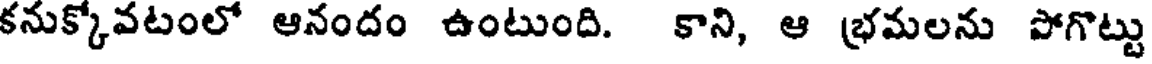
కనుక్కోవటంలో ఆనందం ఉంటుంది. కాని, ఆ భ్రమలను పోగొట్టు